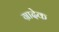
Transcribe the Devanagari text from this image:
ग्रादेक